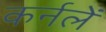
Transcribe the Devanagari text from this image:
कर्नलें